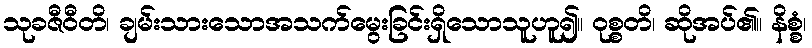
သုခဇီဝီတိ၊ ချမ်းသားသောအသက်မွေးခြင်းရှိသောသူဟူ၍။ ဝုစ္စတိ၊ ဆိုအပ်၏။ နိစ္စံ၊